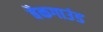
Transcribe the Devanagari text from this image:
बैकगाउंड